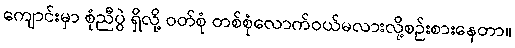
ကျောင်းမှာ စုံညီပွဲ ရှိလို့ ဝတ်စုံ တစ်စုံလောက်ဝယ်မလားလို့စဉ်းစားနေတာ။